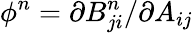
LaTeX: \phi^{n}=\partial B_{ji}^{n}/\partial A_{ij}